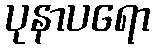
ပုနာပရော